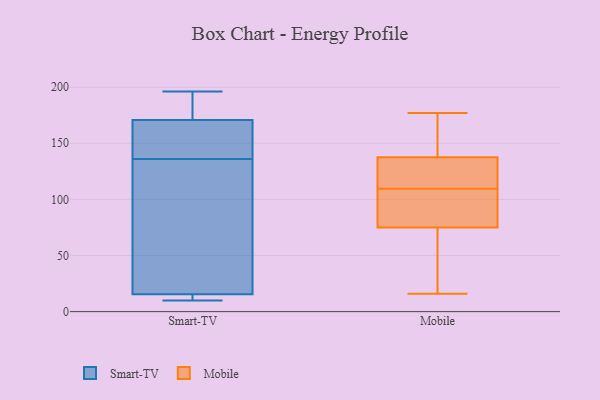
{"axis": {"x": "Shipments", "y": "Value"}, "legend": ["Mobile", "Smart-TV"], "data": [{"x": "", "y": 185, "type": "Smart-TV"}, {"x": "", "y": 14, "type": "Smart-TV"}, {"x": "", "y": 10, "type": "Smart-TV"}, {"x": "", "y": 138, "type": "Smart-TV"}, {"x": "", "y": 20, "type": "Smart-TV"}, {"x": "", "y": 14, "type": "Smart-TV"}, {"x": "", "y": 31, "type": "Smart-TV"}, {"x": "", "y": 136, "type": "Smart-TV"}, {"x": "", "y": 170, "type": "Smart-TV"}, {"x": "", "y": 171, "type": "Smart-TV"}, {"x": "", "y": 196, "type": "Smart-TV"}, {"x": "", "y": 140, "type": "Mobile"}, {"x": "", "y": 177, "type": "Mobile"}, {"x": "", "y": 98, "type": "Mobile"}, {"x": "", "y": 120, "type": "Mobile"}, {"x": "", "y": 79, "type": "Mobile"}, {"x": "", "y": 71, "type": "Mobile"}, {"x": "", "y": 142, "type": "Mobile"}, {"x": "", "y": 16, "type": "Mobile"}, {"x": "", "y": 123, "type": "Mobile"}, {"x": "", "y": 18, "type": "Mobile"}, {"x": "", "y": 99, "type": "Mobile"}, {"x": "", "y": 135, "type": "Mobile"}]}